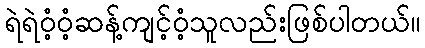
ရဲရဲဝံ့ဝံ့ဆန့်ကျင့်ဝံ့သူလည်းဖြစ်ပါတယ်။